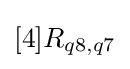
[4]R_{q8,q7}